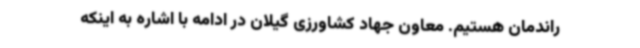
راندمان هستیم. معاون جهاد کشاورزی گیلان در ادامه با اشاره به اینکه